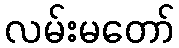
လမ်းမတော်